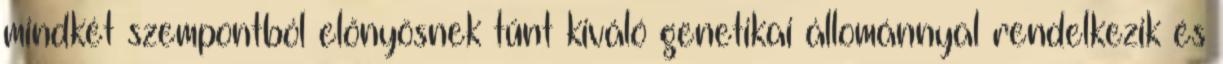
mindkét szempontból előnyösnek tűnt kiváló genetikai állománnyal rendelkezik és